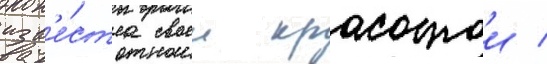
изв'е́стна своеи красотои /